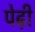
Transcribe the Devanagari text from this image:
पेढ़ी